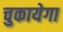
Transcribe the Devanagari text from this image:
चुकायेगा